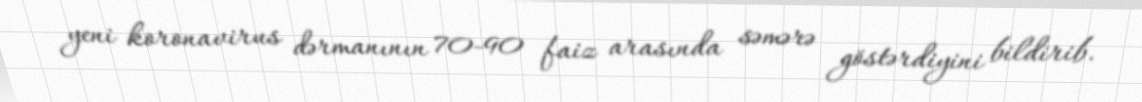
yeni koronavirus dərmanının 70-90 faiz arasında səmərə göstərdiyini bildirib.